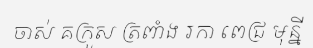
ចាស់ គក្រួស ត្រពាំង រកា ពេជ្រ មុន្នី